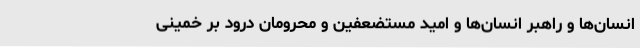
انسان‌ها و راهبر انسان‌ها و امید مستضعفین و محرومان درود بر خمینی